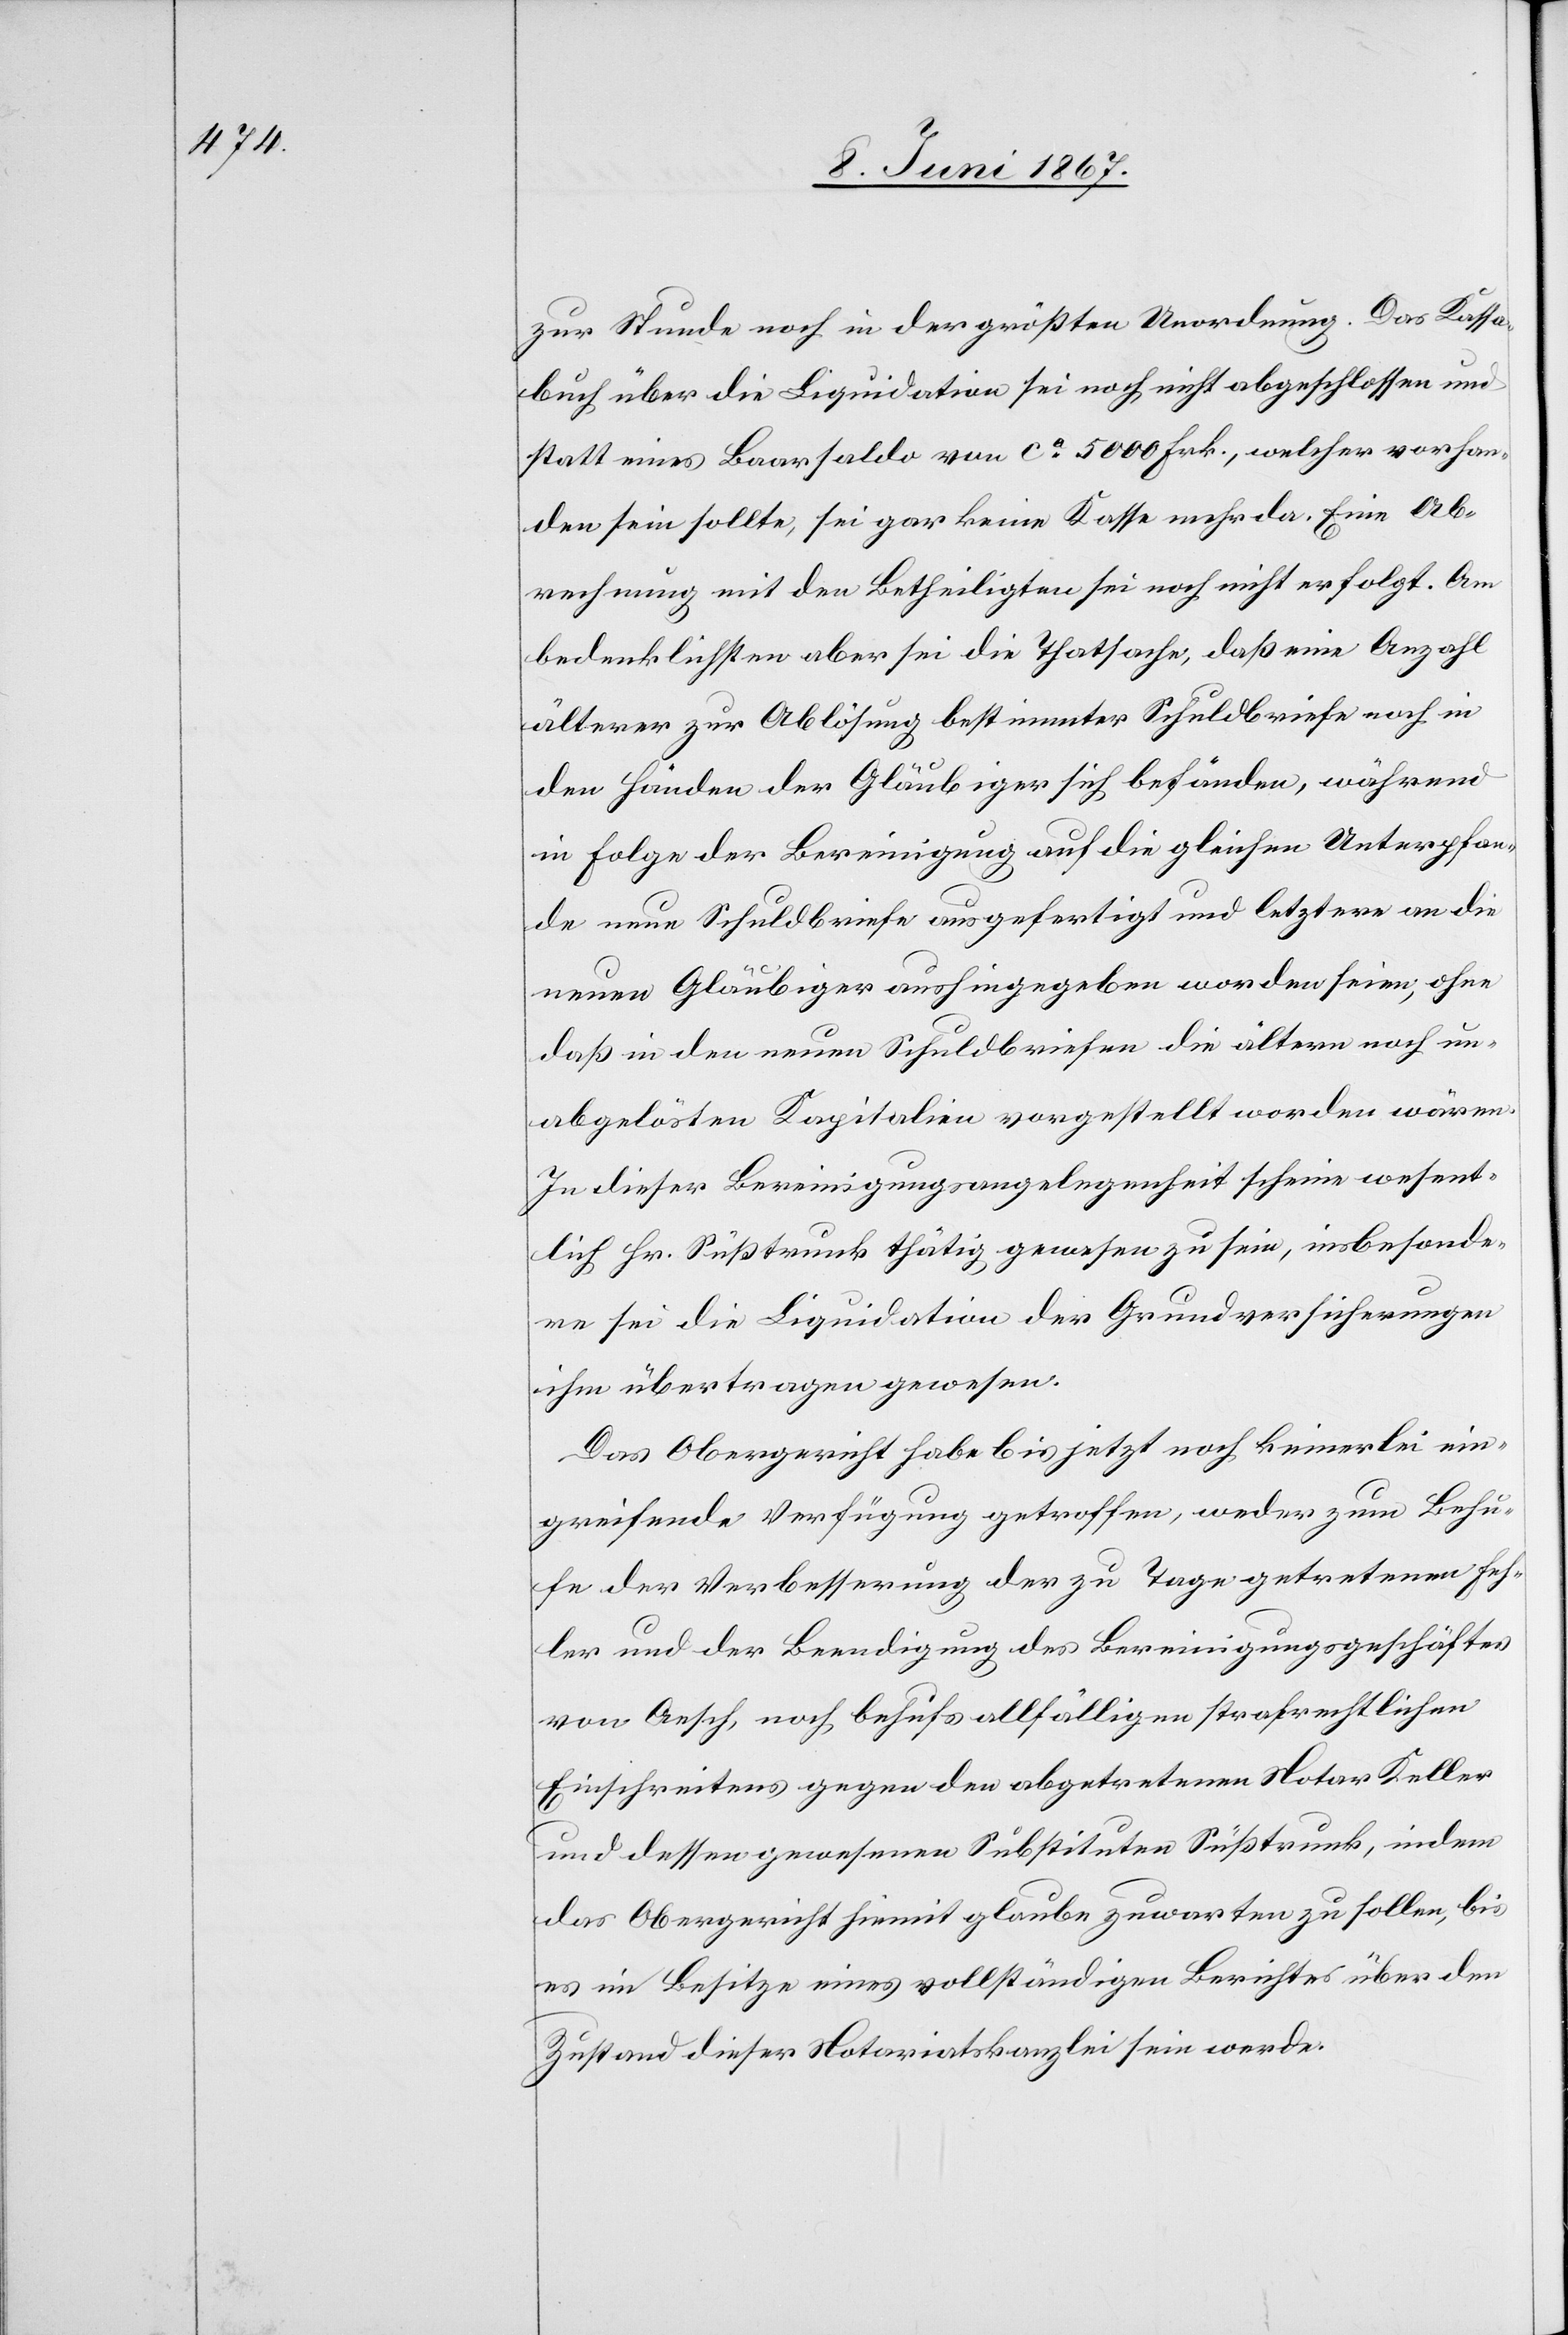
zur Stunde noch in der größten Unordnung. Das Kassa¬
buch über die Liquidation sei noch nicht abgeschlossen und
statt eines Baarsaldo von ca. 5000 Frk., welcher vorhan¬
den sein sollte, sei gar keine Kasse mehr da. Eine Ab¬
rechnung mit den Betheiligten sei noch nicht erfolgt. Am
bedenklichsten aber sei die Thatsache, daß eine Anzahl
älterer zur Ablösung bestimmter Schuldbriefe noch in
den Händen der Gläubiger sich befänden, während
in Folge der Bereinigung auf die gleichen Unterpfan¬
de und Schuldbriefe ausgefertigt und letztere an die
neuen Gläubiger aushingegeben worden seien, ohne
daß in den neuen Schuldbriefen die ältern noch un¬
abgelösten Kapitalien vorgestellt worden wären.
In dieser Bereinigungsangelegenheit scheine wesent¬
lich Hr. Süßtrunk thätig gewesen zu sein, insbesonde¬
re sei die Liquidation der Grundversicherungen
ihm übertragen gewesen.
Das Obergericht habe bis jetzt noch keinerlei ein¬
greifende Verfügungen getroffen, weder zum Behu¬
fe der Verbesserung der zu Tage getretenen Feh¬
ler und der Beendigung des Bereinigungsgeschäftes
von Aesch, noch behufs allfälligen strafrechtlichen
Einschreitens gegen den abgetretenen Notar Keller
und dessen gewesenen Substituten Süßtrunk, indem
das Obergericht hiemit glaube zuwarten zu sollen, bis
es im Besitze eines vollständigen Berichtes über den
Zustand dieser Notariatskanzlei sein werde.